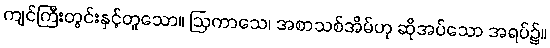
ကျင်ကြီးတွင်းနှင့်တူသော။ ဩကာသေ၊ အစာသစ်အိမ်ဟု ဆိုအပ်သော အရပ်၌။